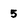
Character: 5